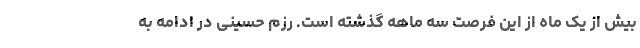
بیش از یک ماه از این فرصت سه ماهه گذشته است. رزم حسینی در ادامه به